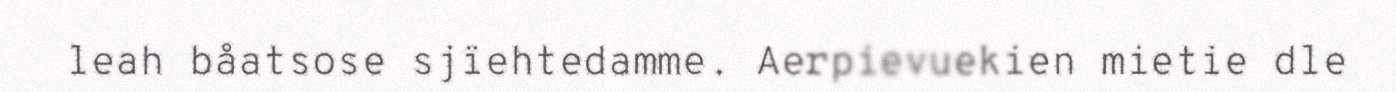
leah båatsose sjïehtedamme. Aerpievuekien mietie dle